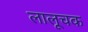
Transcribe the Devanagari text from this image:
लालूचक